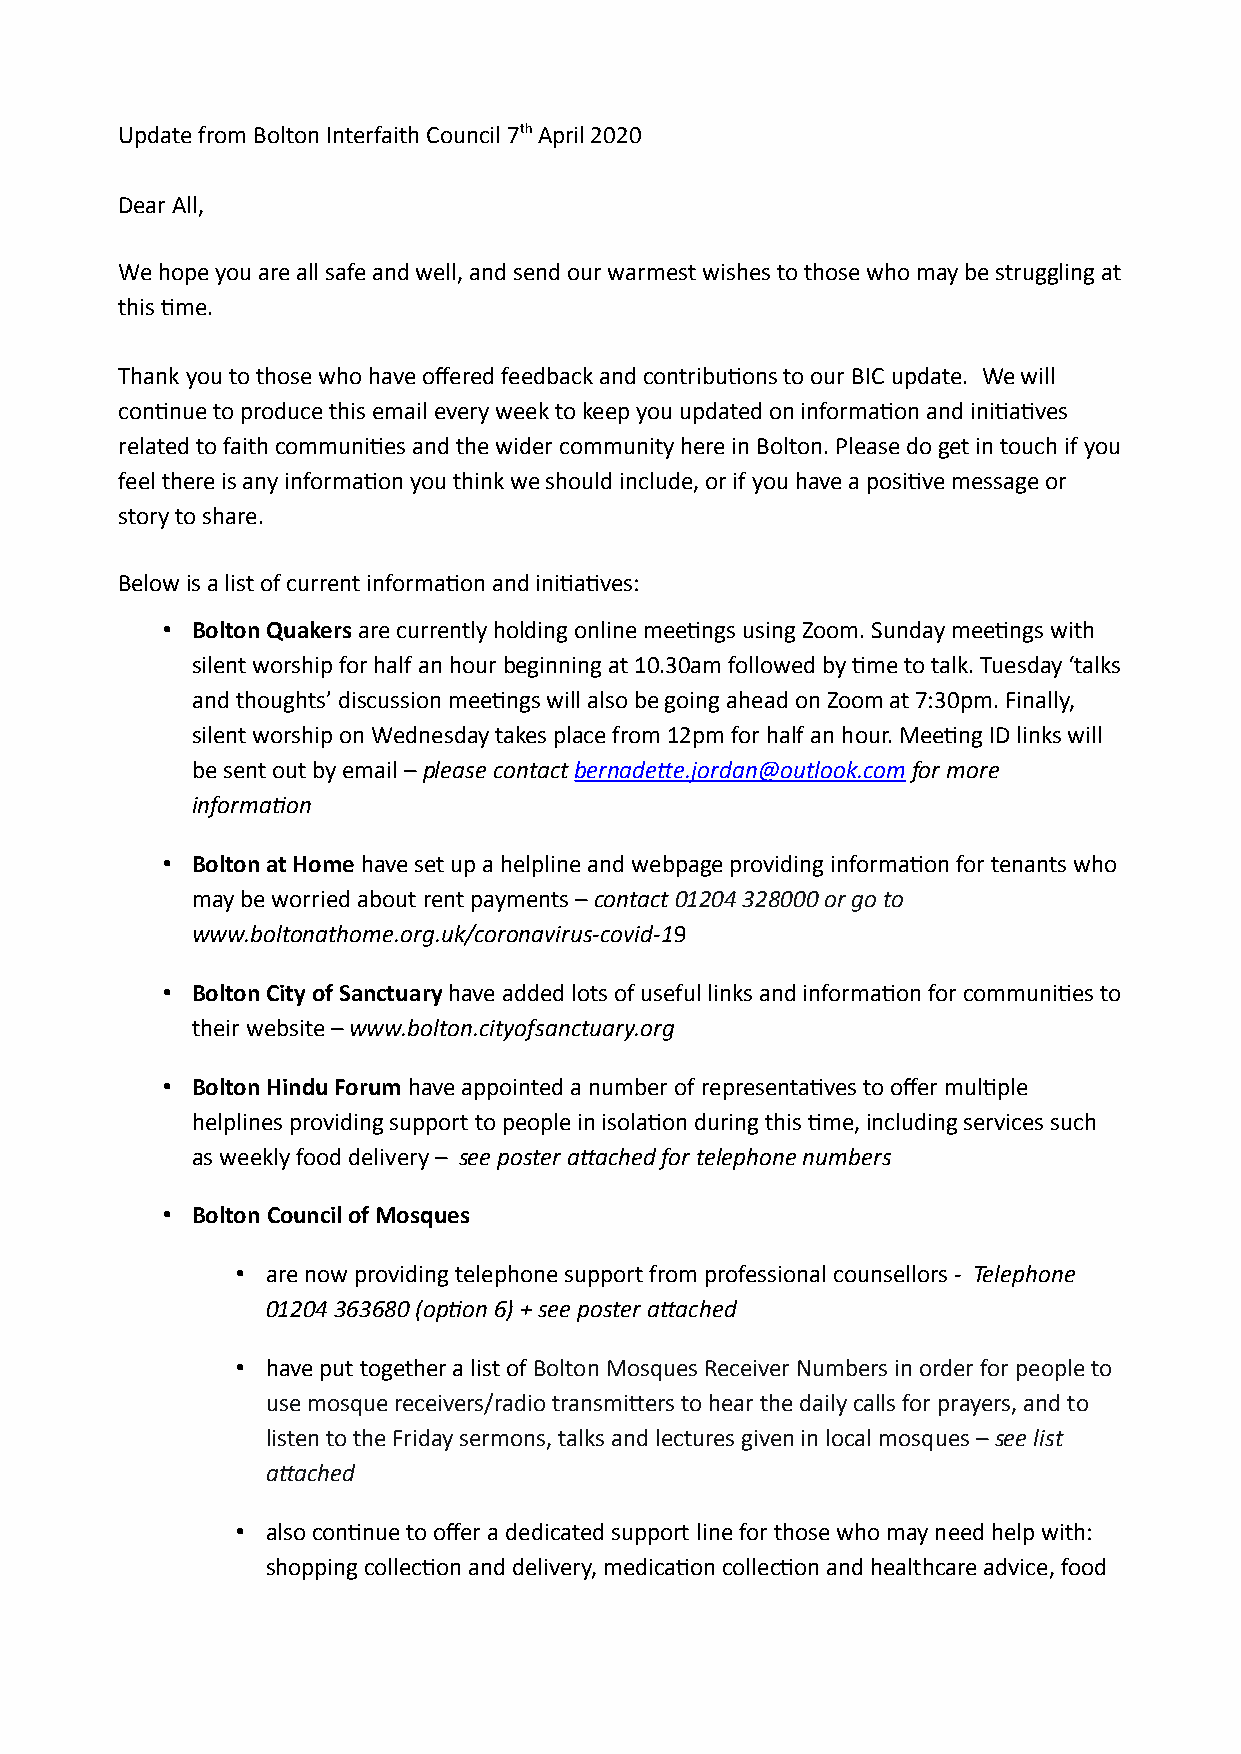
Update from Bolton Interfaith Council 7th April 2020
 Dear All,
 We hope you are all safe and well, and send our warmest wishes to those who may be struggling at
 this time.
 Thank you to those who have offered feedback and contributions to our BIC update. We will
 continue to produce this email every week to keep you updated on information and initiatives
 related to faith communities and the wider community here in Bolton. Please do get in touch if you
 feel there is any information you think we should include, or if you have a positive message or
 story to share.
 Below is a list of current information and initiatives:
 • Bolton Quakers are currently holding online meetings using Zoom. Sunday meetings with
 silent worship for half an hour beginning at 10.30am followed by time to talk. Tuesday ‘talks
 and thoughts’ discussion meetings will also be going ahead on Zoom at 7:30pm. Finally,
 silent worship on Wednesday takes place from 12pm for half an hour. Meeting ID links will
 be sent out by email – please contact bernadette.jordan@outlook.com for more
 information
 • Bolton at Home have set up a helpline and webpage providing information for tenants who
 may be worried about rent payments – contact 01204 328000 or go to
 www.boltonathome.org.uk/coronavirus-covid-19
 • Bolton City of Sanctuary have added lots of useful links and information for communities to
 their website – www.bolton.cityofsanctuary.org
 • Bolton Hindu Forum have appointed a number of representatives to offer multiple
 helplines providing support to people in isolation during this time, including services such
 as weekly food delivery – see poster attached for telephone numbers
 • Bolton Council of Mosques
 • are now providing telephone support from professional counsellors - Telephone
 01204 363680 (option 6) + see poster attached
 • have put together a list of Bolton Mosques Receiver Numbers in order for people to
 use mosque receivers/radio transmitters to hear the daily calls for prayers, and to
 listen to the Friday sermons, talks and lectures given in local mosques – see list
 attached
 • also continue to offer a dedicated support line for those who may need help with:
 shopping collection and delivery, medication collection and healthcare advice, food